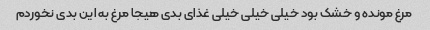
مرغ مونده و خشک بود خیلی خیلی خیلی غذای بدی هیجا مرغ به این بدی نخوردم